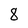
Character: 8